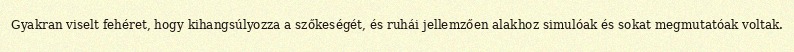
Gyakran viselt fehéret, hogy kihangsúlyozza a szőkeségét, és ruhái jellemzően alakhoz simulóak és sokat megmutatóak voltak.